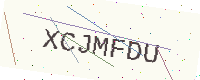
Text: XCJMFDU